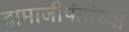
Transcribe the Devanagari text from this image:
दामाजीपंतांच्या